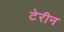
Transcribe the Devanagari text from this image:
टेरीन